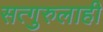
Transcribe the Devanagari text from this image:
सत्गुरुलाही